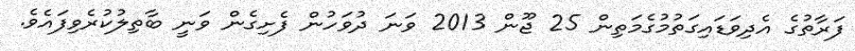
ފަރާތުގެ އެދިވަޑައިގަތުމުގެމަތިން 25 ޖޫން 2013 ވަނަ ދުވަހުން ފެށިގެން ވަނީ ބާތިލުކުރެވިފައެވެ.